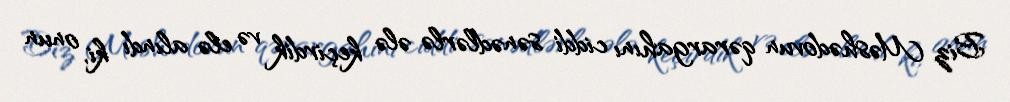
Biz Məshədovun qərargahını ciddi sənədlərlə ələ keçirdik və elə alındı ki, onun